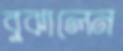
বুঝালেন